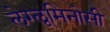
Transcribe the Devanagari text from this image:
लेग्लूमिनोसी